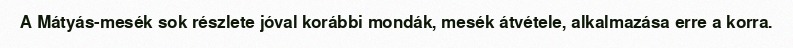
A Mátyás-mesék sok részlete jóval korábbi mondák, mesék átvétele, alkalmazása erre a korra.